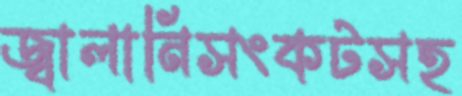
জ্বালানিসংকটসহ